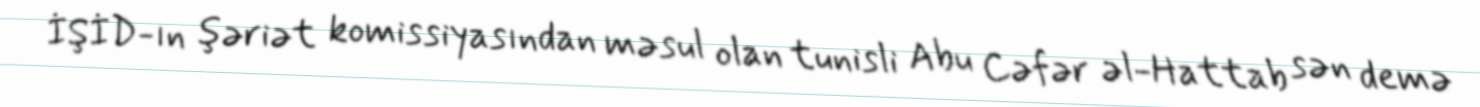
İŞİD-ın şəriət komissiyasından məsul olan tunisli Abu Cəfər əl-Hattab sən demə